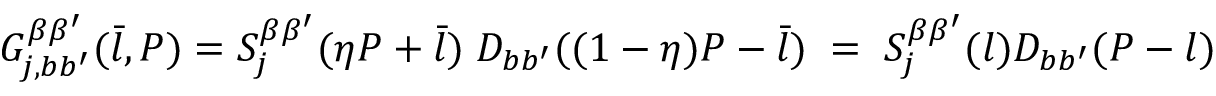
G _ { j , b b ^ { \prime } } ^ { \beta \beta ^ { \prime } } ( \bar { l } , P ) = S _ { j } ^ { \beta \beta ^ { \prime } } ( \eta P + \bar { l } ) \; D _ { b b ^ { \prime } } ( ( 1 - \eta ) P - \bar { l } ) \; = \; S _ { j } ^ { \beta \beta ^ { \prime } } ( l ) D _ { b b ^ { \prime } } ( P - l )